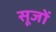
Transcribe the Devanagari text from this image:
सूजों